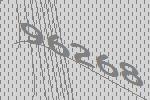
96268